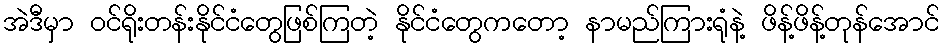
အဲဒီမှာ ဝင်ရိုးတန်းနိုင်ငံတွေဖြစ်ကြတဲ့ နိုင်ငံတွေကတော့ နာမည်ကြားရုံနဲ့ ဖိန့်ဖိန့်တုန်အောင်